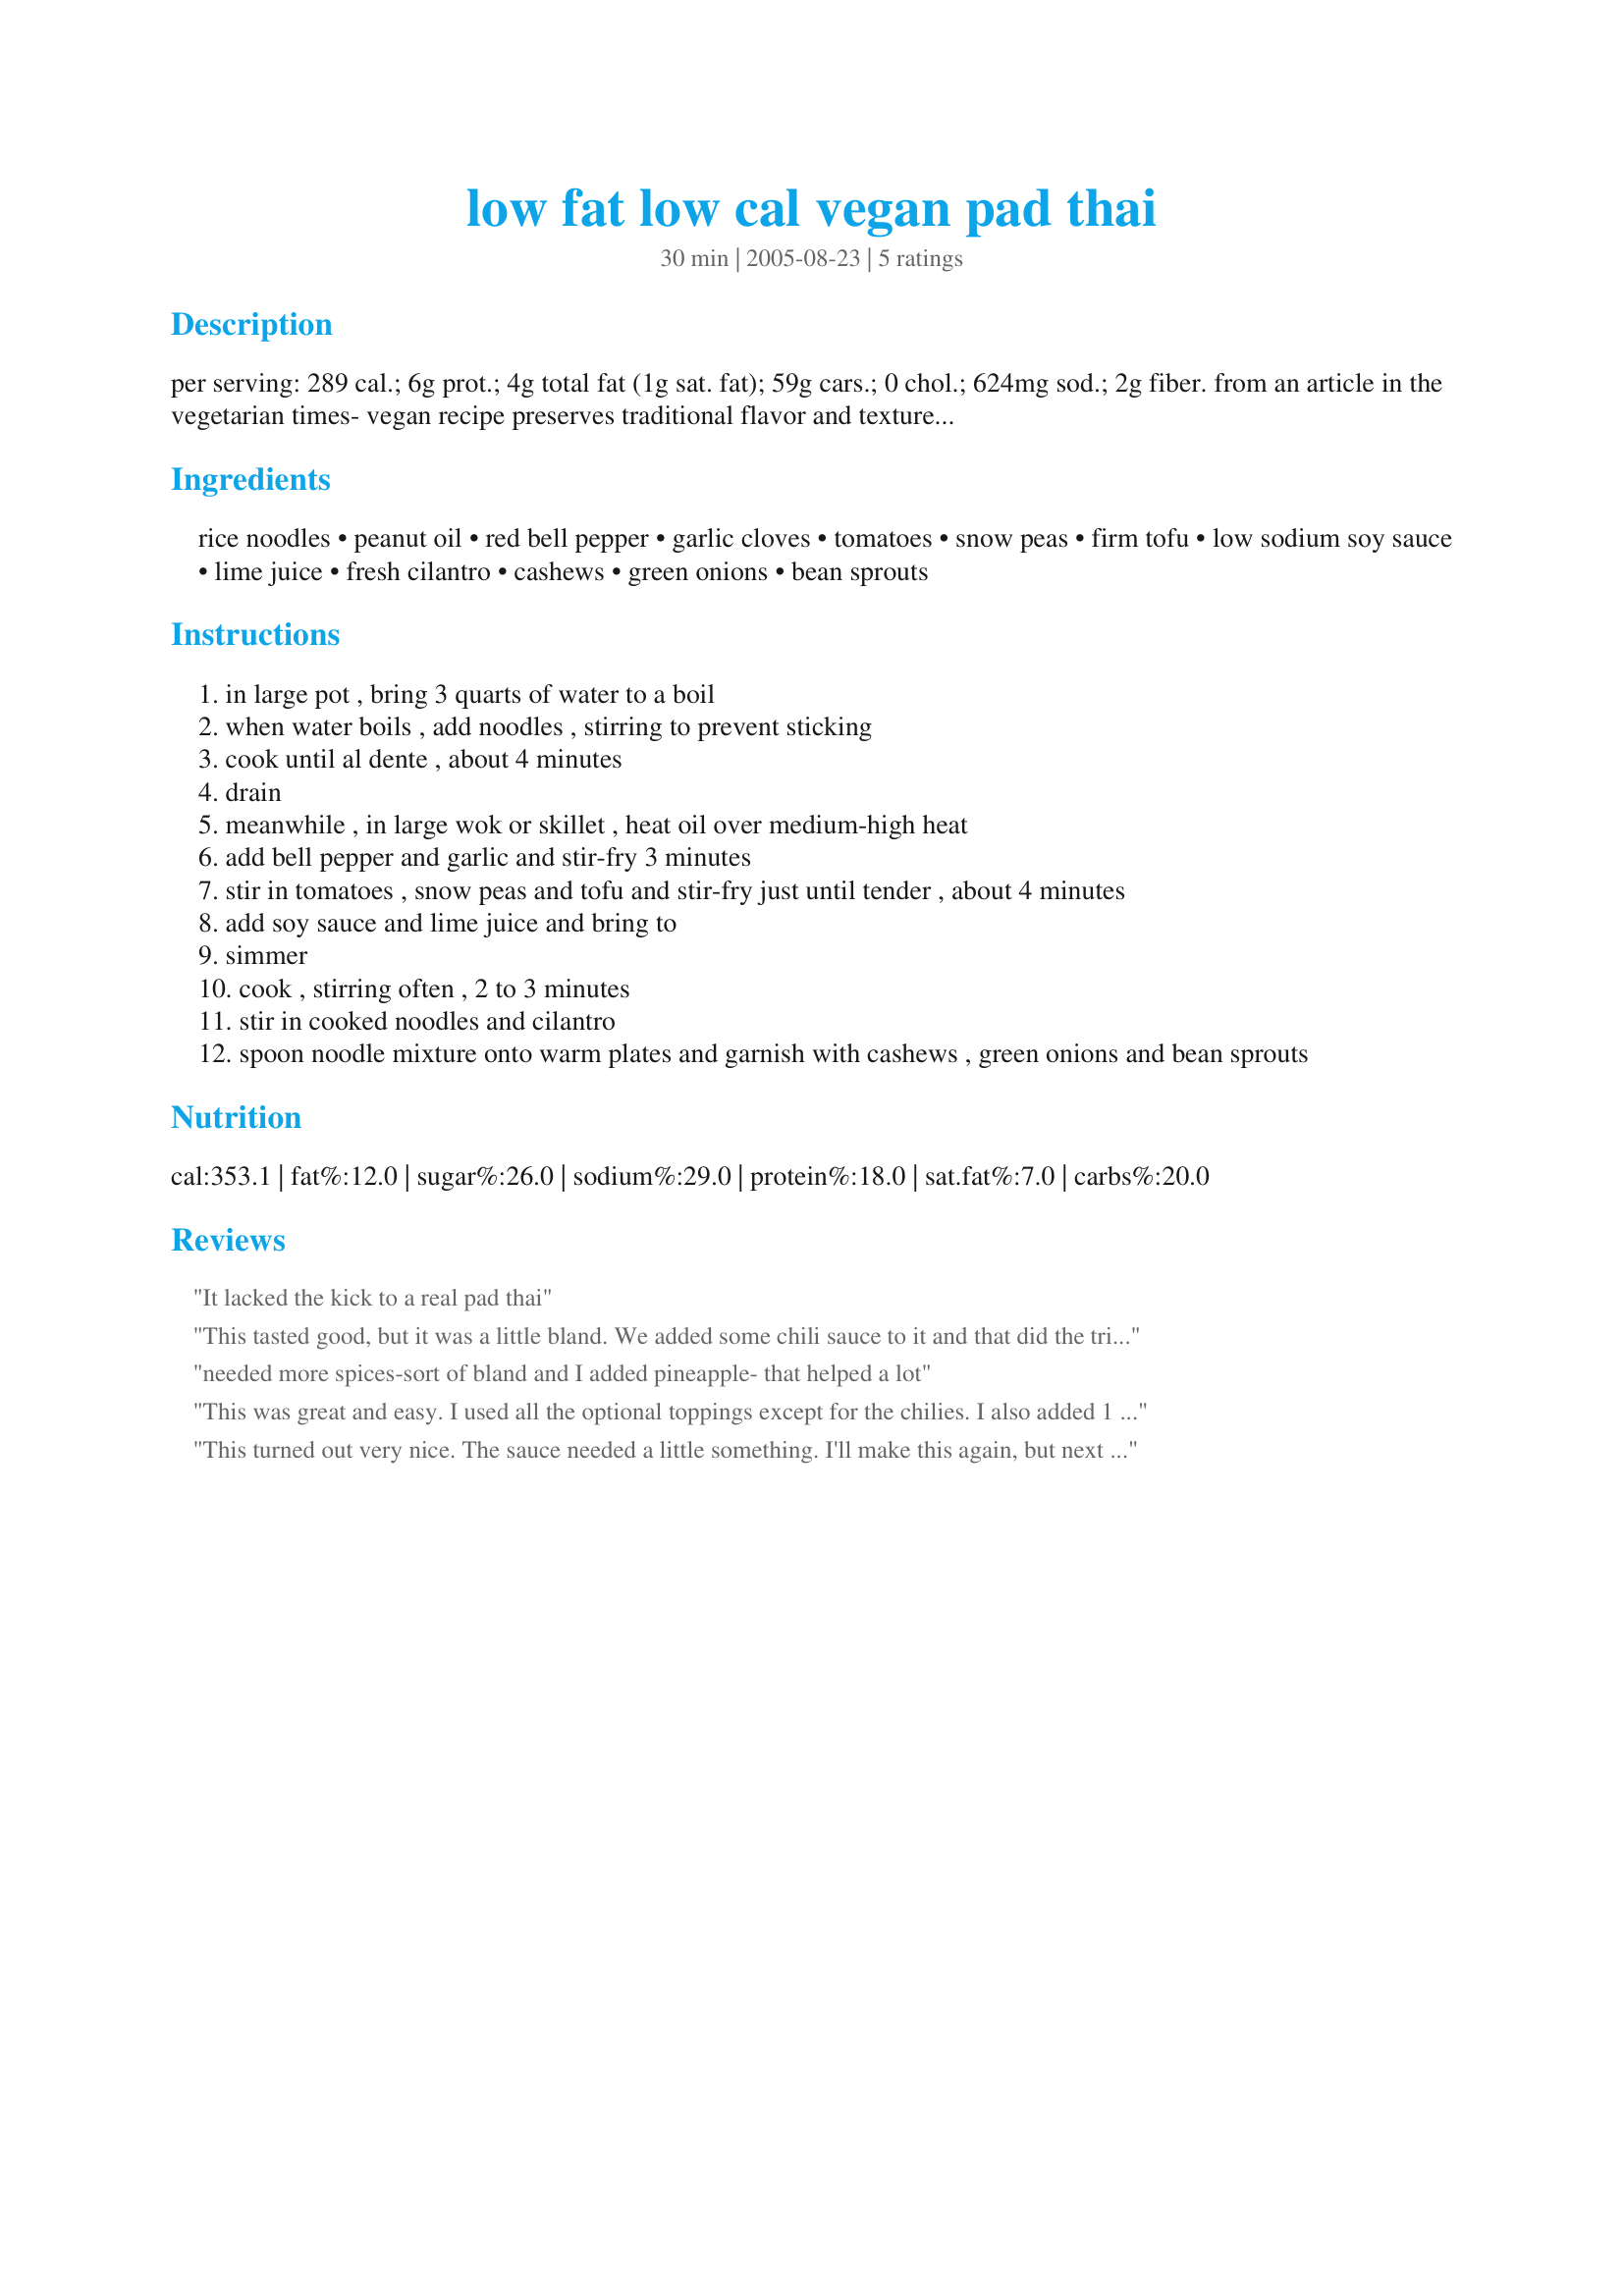
low fat low cal vegan pad thai
Preparation time: 30 minutes

per serving: 289 cal.; 6g prot.; 4g total fat (1g sat. fat); 59g cars.; 0 chol.; 624mg sod.; 2g fiber. from an article in the vegetarian times- vegan recipe preserves traditional flavor and texture, garnishes are an essential part of this dish and usual options include nuts, sprouts, chopped fresh or dried chilies, chopped green onions, fresh cilantro and slices of lemon or lime. for maximum crunch, use vegetable garnishes, such as grated carrots, thin slices of bell pepper, finely shredded lettuce and thinly sliced radishes.

Ingredients:
rice noodles, peanut oil, red bell pepper, garlic cloves, tomatoes, snow peas, firm tofu, low sodium soy sauce, lime juice, fresh cilantro, cashews, green onions, bean sprouts

Steps:
in large pot , bring 3 quarts of water to a boil
when water boils , add noodles , stirring to prevent sticking
cook until al dente , about 4 minutes
drain
meanwhile , in large wok or skillet , heat oil over medium-high heat
add bell pepper and garlic and stir-fry 3 minutes
stir in tomatoes , snow peas and tofu and stir-fry just until tender , about 4 minutes
add soy sauce and lime juice and bring to
simmer
cook , stirring often , 2 to 3 minutes
stir in cooked noodles and cilantro
spoon noodle mixture onto warm plates and garnish with cashews , green onions and bean sprouts

Reviews:
It lacked the kick to a real pad thai
This tasted good, but it was a little bland. We added some chili sauce to it and that did the trick! Thanks for sharing.
needed more spices-sort of bland and I added pineapple- that helped a lot
This was great and easy. I used all the optional toppings except for the chilies. I also added 1 Tbs of cashew butter to the wok to make it a bit creamy. (blended cashews with olive oil.) Very flavorful, my husband doesn't usually go for vegan and he loved it.
This turned out very nice. The sauce needed a little something. I'll make this again, but next time I think I'll add the cashew butter like another reviewer suggested. Thanks! I love Pad Thai. :) Made for PAC Fall 2008.
